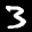
Label: 3